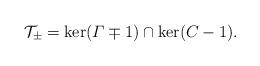
LaTeX: \begin{align*}\mathcal{T}_\pm = \ker (\varGamma \mp 1) \cap \ker (C-1). \end{align*}